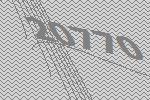
20770